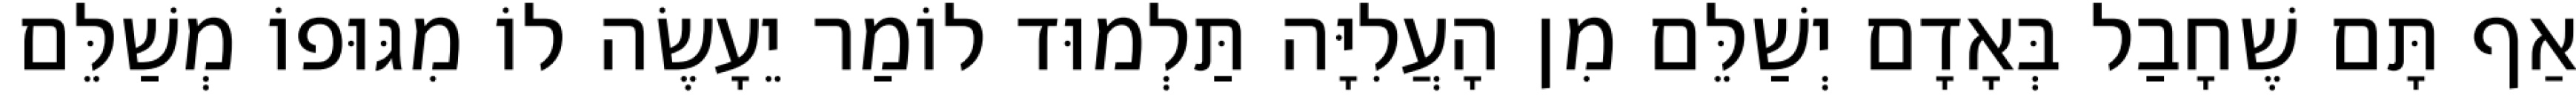
אַף תָּם שֶׁחָבַל בְּאָדָם יְשַׁלֵּם מִן הָעֲלִיָּה תַּלְמוּד לוֹמַר יֵעָשֶׂה לוֹ מִגּוּפוֹ מְשַׁלֵּם